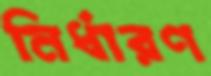
নির্ধারণ